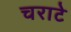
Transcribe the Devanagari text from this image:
चराटे